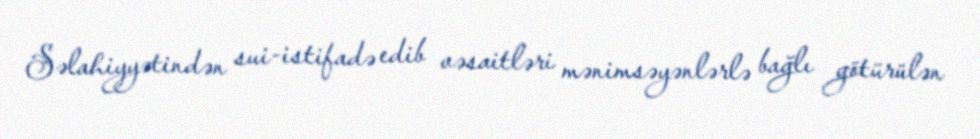
Səlahiyyətindən sui-istifadə edib vəsaitləri mənimsəyənlərlə bağlı götürülən